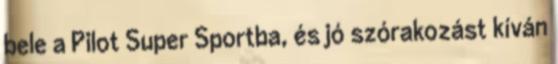
bele a Pilot Super Sportba, és jó szórakozást kíván